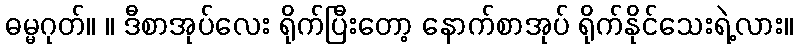
ဓမ္မဂုတ်။ ။ ဒီစာအုပ်လေး ရိုက်ပြီးတော့ နောက်စာအုပ် ရိုက်နိုင်သေးရဲ့လား။